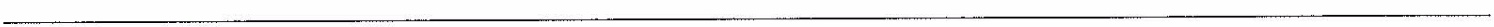
___